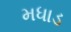
મધાડ